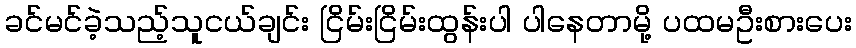
ခင်မင်ခဲ့သည့်သူငယ်ချင်း ငြိမ်းငြိမ်းထွန်းပါ ပါနေတာမို့ ပထမဦးစားပေး